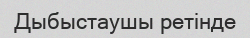
Дыбыстаушы ретінде